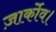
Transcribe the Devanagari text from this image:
ज़ार्कोव।